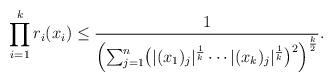
LaTeX: \begin{align*}\prod_{i=1}^k r_i(x_i) \le \frac{1}{\Bigl( \sum_{j=1}^n \bigl( |(x_1)_j|^{\frac{1}{k}} \cdots |(x_k)_j|^{\frac{1}{k}} \bigr)^2 \Bigr)^{\frac{k}{2}}}. \end{align*}